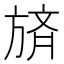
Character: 𪯼